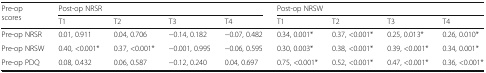
<table><thead><tr><td rowspan="2"><b>Pre-op scores</b></td><td colspan="4"><b>Post-op NRSR</b></td><td colspan="4"><b>Post-op NRSW</b></td></tr><tr><td><b>T1</b></td><td><b>T2</b></td><td><b>T3</b></td><td><b>T4</b></td><td><b>T1</b></td><td><b>T2</b></td><td><b>T3</b></td><td><b>T4</b></td></tr></thead><tbody><tr><td>Pre-op NRSR</td><td>0.01, 0.911</td><td>0.04, 0.706</td><td>−0.14, 0.182</td><td>−0.07, 0.482</td><td>0.34, 0.001*</td><td>0.37, &lt;0.001*</td><td>0.25, 0.013*</td><td>0.26, 0.010*</td></tr><tr><td>Pre-op NRSW</td><td>0.40, &lt;0.001*</td><td>0.37, &lt;0.001*</td><td>−0.001, 0.995</td><td>−0.06, 0.595</td><td>0.30, 0.003*</td><td>0.38, &lt;0.001*</td><td>0.39, &lt;0.001*</td><td>0.34, 0.001*</td></tr><tr><td>Pre-op PDQ</td><td>0.08, 0.432</td><td>0.06, 0.587</td><td>−0.12, 0.240</td><td>0.04, 0.697</td><td>0.75, &lt;0.001*</td><td>0.52, &lt;0.001*</td><td>0.47, &lt;0.001*</td><td>0.36, &lt;0.001*</td></tr></tbody></table>